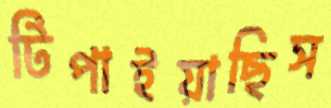
টিপাইয়াছিস